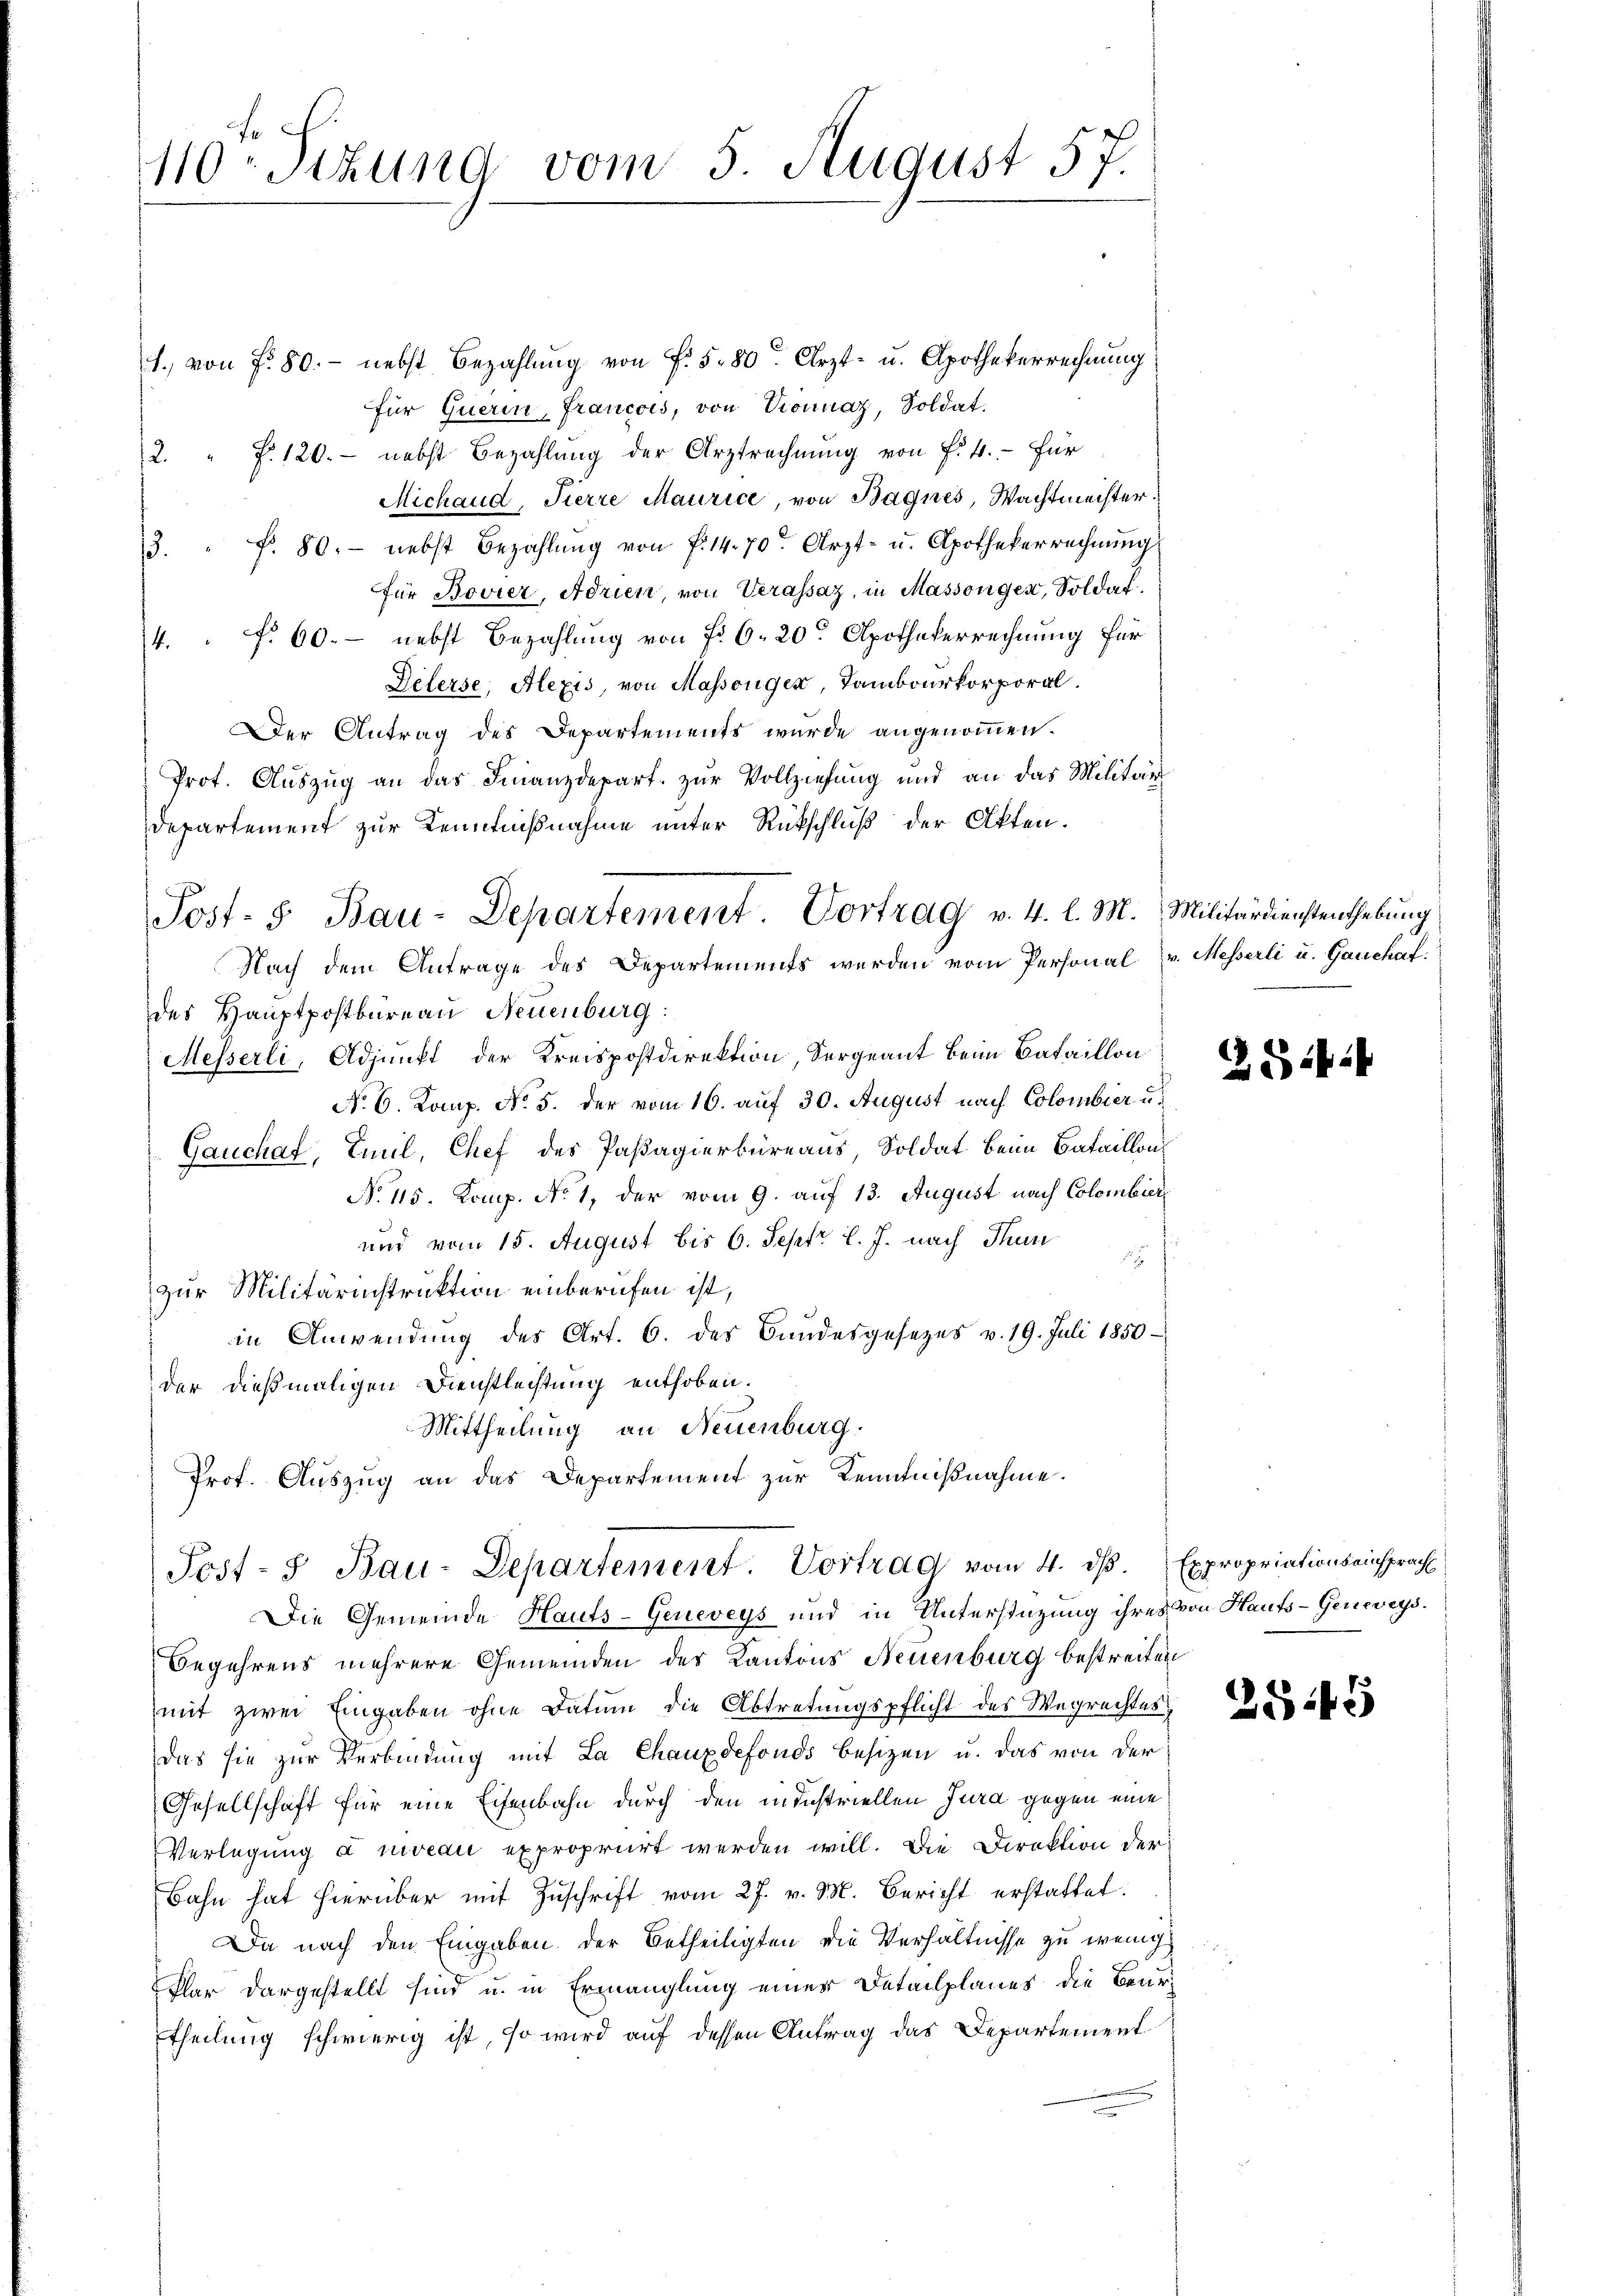
110. Sitzung vom 5 August 57.

1. von Fr. 80. - nebst Bezahlung von f. 580 Arzt- u. Apothekerrechnung
für Querin, Francois, von Sonnaz, Soldat.
2. " F. 120. nebst Bezahlŭng der Arztrechnŭng von f. 4. Für
Michaud, Tierre Maurice, von Bagnes, Wachtmeister.
3. " f. 80. nebst Bezahlŭng von f. 14. 70. Arzt- u. Apothekerrechnŭng
für Bovier, Adrien, von Verassaz, in Massongen, Soldat
4. " f. 60. - nebst Bezahlung von Fr. 6. 20. Apothekerrechnung für
Pelerse, Alexis, von Massengen, Tambourkorporal.
Der Antrag des Departements wurde angenommen.
Prot. Auszug an das Finanzdepart. zur Vollziehung und an das Militär-
Departement zur Kenntnißnahme unter Rückschluß der Akten.
Nach dem Antrage des Departements werden vom Personal v. Messerli u. Gauchaf
des Hauptpostbüreau Neuenburg:
Messerli, Adjunkt der Kreispostdirektion, Sergeant beim Bataillon
No 6. Komp. No. 5. der vom 16. auf 30. August nach Colombier u.
Gauchat, Emil, Chef des Passagierbüreaus, Soldat beim Bataillons
No 115. Komp. No 1, der vom 9. auf 13. August nach Colombier
und vom 15. August bis 6. Sept. l. J. nach Thun
zur Militärinstruktion einberufen ist,
in Anwendung des Art. 6. des Bundesgesezes v. 19. Juli 1850
der dießmaligen Dienstleistung enthoben.
Mittheilung an Neuenburg.
Prof. Auszug an das Departement zur Kenntnißnahme.
Post- u Bau-Departement. Vortrag vom 4. dβ. Expropriationseinsprach
Die Gemeinde Hauts-Geneveys und in Unterstüzung ihres von Haufs-Gerweys¬
Begehrens mehrere Gemeinden des Kantons Neuenburg bestreiten
mit zwei Eingaben ohne Datum die Abtretungspflicht des Wegrechtes,
Das sie zur Verbindung mit La Chauxdefonds besizen u. das von der
Gesellschaft für eine Eisenbahn durch den in Instriellen Jura gegen eine
Verlegung a niveau expropriirt werden will. Die Direktion der
Bahn hat hierüber mit Zuschrift vom 27. v. M. Bericht erstattet.
Da nach den Eingaben der Betheiligten die Verhältnisse zu wenig
Plar dargestellt sind u. in Ermanglung einer Detailplanes die Beur
theilung schwierig ist, so wird auf dessen Antrag das Departement

Post- 5. Bau-Departement. Vortrag v. 4. l. M. Militärdienstenthebung

e

254:

2545